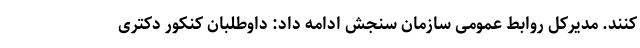
کنند. مدیرکل روابط عمومی سازمان سنجش ادامه داد: داوطلبان کنکور دکتری